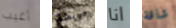
أغيب مريضة انا شاقة